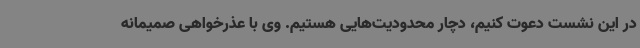
در این نشست دعوت کنیم، دچار محدودیت‌هایی هستیم. وی با عذرخواهی صمیمانه